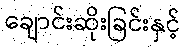
ချောင်းဆိုးခြင်းနှင့်